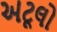
અટૂલો